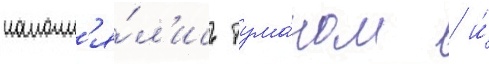
наполн'я́л'ись тума́ном / и́